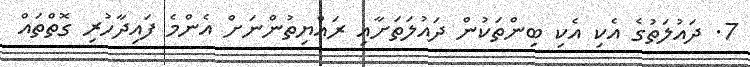
7. ދައުލަތުގެ އެކި އެކި ބިންތަކުން ދައުލަތަށާއި ރައްޔިތުންނަށް އެންމެ ފައިދާހުރި ގޮތްތައް